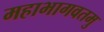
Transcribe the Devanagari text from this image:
महाभागवतमु